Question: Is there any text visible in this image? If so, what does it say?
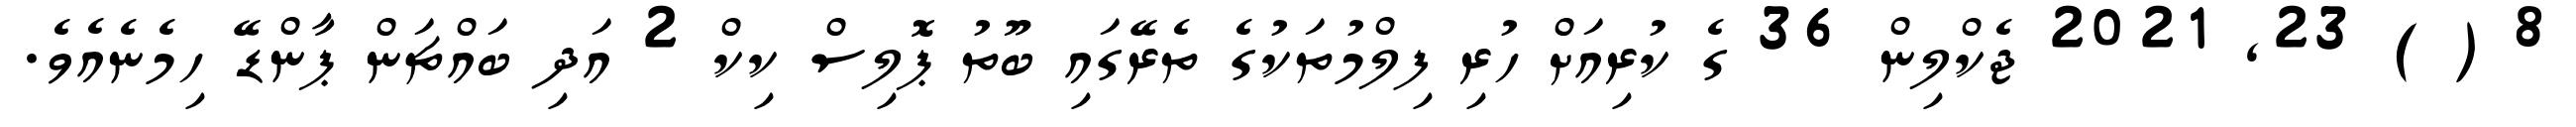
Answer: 8 ( ) 23, 2021 ޖެކްލިން 36 ގެ ކުރިއަށް ހުރި ފިލްމުތަކުގެ ތެރޭގައި ބޫތު ޕޮލިސް ކިކް 2 އަދި ބައްޗަން ޕާންޑޭ ހިމެނެއެވެ.